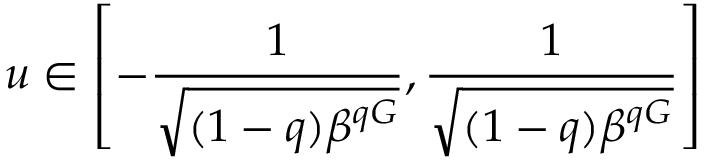
u \in \left[ - \frac { 1 } { \sqrt { ( 1 - q ) \beta ^ { q G } } } , \frac { 1 } { \sqrt { ( 1 - q ) \beta ^ { q G } } } \right]